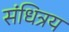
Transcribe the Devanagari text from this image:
संधित्रय